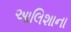
આલિશાના